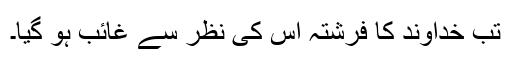
تب خُداوند کا فرِشتہ اُس کی نظر سے غائِب ہو گیا۔